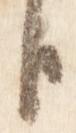
臣